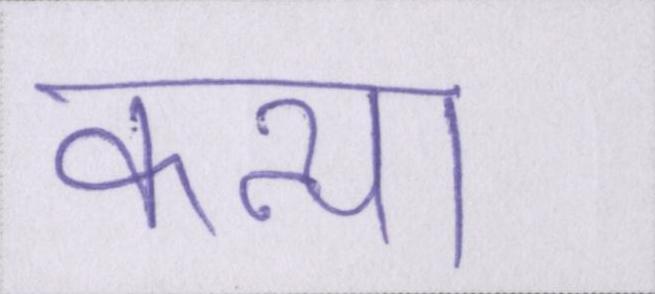
कन्या